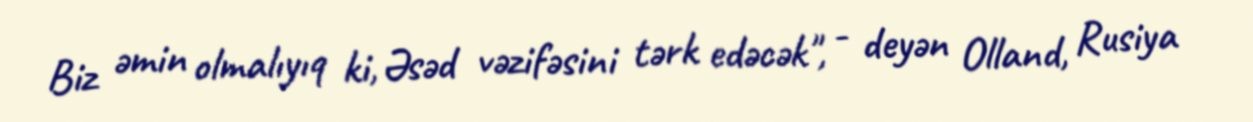
Biz əmin olmalıyıq ki, Əsəd vəzifəsini tərk edəcək", - deyən Olland, Rusiya